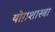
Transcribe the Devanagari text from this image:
योग़शास्त्रा